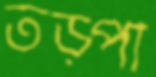
তড়্‌পা